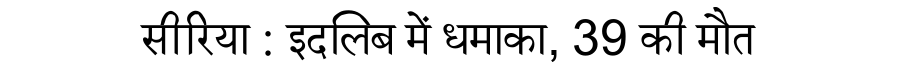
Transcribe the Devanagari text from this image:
सीरिया : इदलिब में धमाका, 39 की मौत